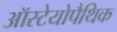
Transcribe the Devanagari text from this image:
ऑस्टेयोपैथिक